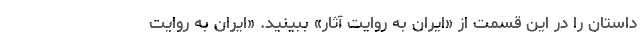
داستان را در این قسمت از «ایران به روایت آثار» ببینید. «ایران به روایت